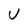
Character: U